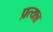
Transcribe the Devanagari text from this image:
प्रत्यन्न